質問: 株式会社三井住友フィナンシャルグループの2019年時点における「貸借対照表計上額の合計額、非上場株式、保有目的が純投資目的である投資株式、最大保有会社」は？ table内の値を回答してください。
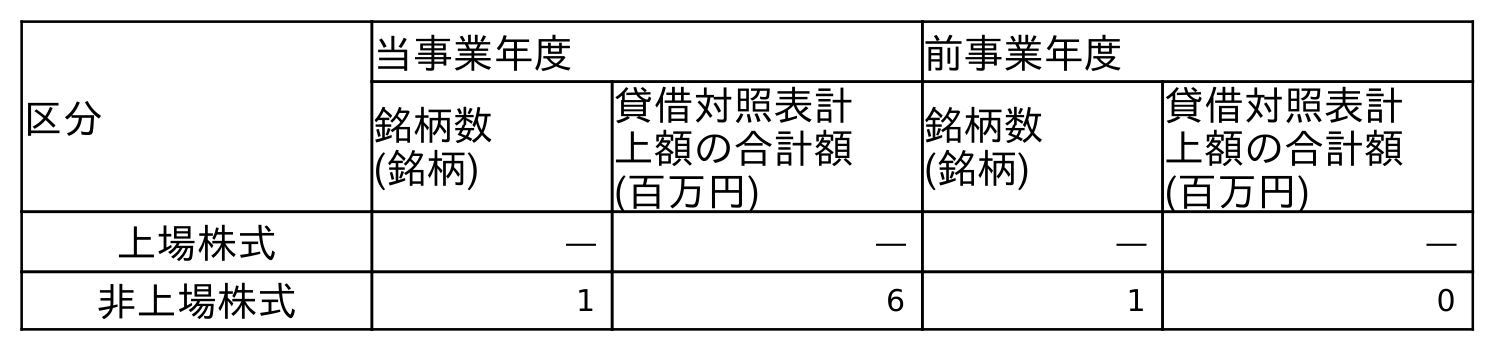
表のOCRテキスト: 区分 当事業年度 前事業年度 銘柄数 (銘柄) 貸借対照表計 上額の合計額 (百万円) 銘柄数 (銘柄) 貸借対照表計 上額の合計額 (百万円) 上場株式 ― ― ― ― 非上場株式 1 6 1 0
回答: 0